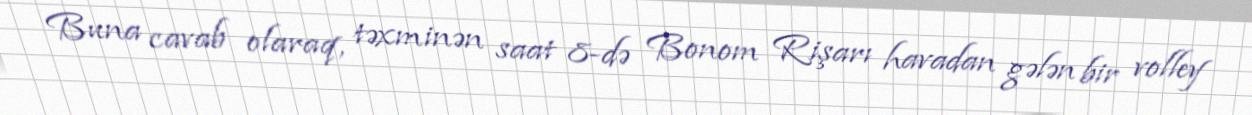
Buna cavab olaraq, təxminən saat 8-də Bonom Rişarı havadan gələn bir volley